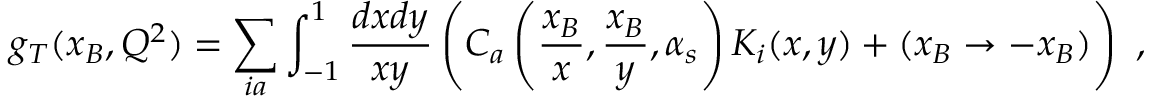
g _ { T } ( x _ { B } , Q ^ { 2 } ) = \sum _ { i a } \int _ { - 1 } ^ { 1 } { \frac { d x d y } { x y } } \left( C _ { a } \left( { \frac { x _ { B } } { x } } , { \frac { x _ { B } } { y } } , \alpha _ { s } \right) K _ { i } ( x , y ) + ( x _ { B } \rightarrow - x _ { B } ) \right) \ ,